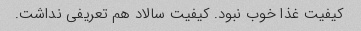
کیفیت غذا خوب نبود. کیفیت سالاد هم تعریفی نداشت.